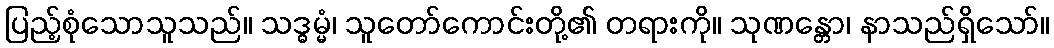
ပြည့်စုံသောသူသည်။ သဒ္ဓမ္မံ၊ သူတော်ကောင်းတို့၏ တရားကို။ သုဏန္တော၊ နာသည်ရှိသော်။